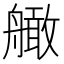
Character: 𦪧